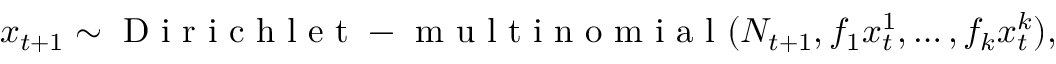
\boldsymbol x _ { t + 1 } \sim \mathrm { ~ D ~ i ~ r ~ i ~ c ~ h ~ l ~ e ~ t ~ - ~ m ~ u ~ l ~ t ~ i ~ n ~ o ~ m ~ i ~ a ~ l ~ } ( N _ { t + 1 } , f _ { 1 } x _ { t } ^ { 1 } , \ldots , f _ { k } x _ { t } ^ { k } ) ,